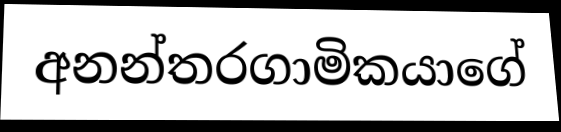
අනන්තරගාමිකයාගේ